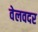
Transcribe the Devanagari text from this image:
वेलवदर